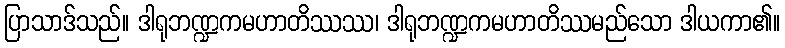
ပြာသာဒ်သည်။ ဒါရုဘဏ္ဍကမဟာတိဿဿ၊ ဒါရုဘဏ္ဍကမဟာတိဿမည်သော ဒါယကာ၏။